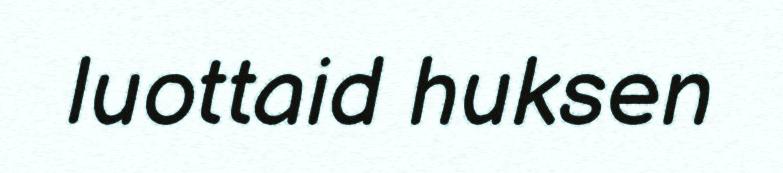
luottaid huksen